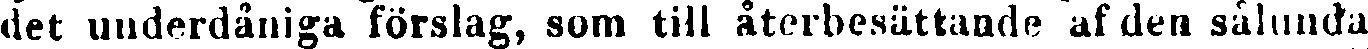
det underdåniga förslag, som till berättande af den sålunda